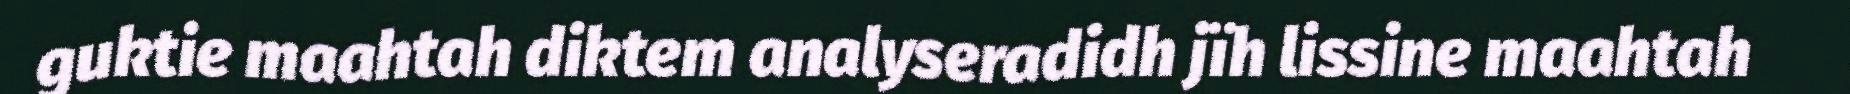
guktie maahtah diktem analyseradidh jïh lissine maahtah